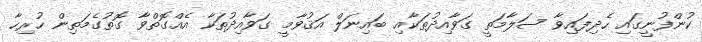
ކުންފުނީގައި ހެދިފައިވާ ސަލާމަތީ ގަވާއިދުތަކާއި ބައިނަލް އަޤުވާމީ ގަވާއިދުތަކާ އެއްގޮތްވާ ގޮތުގެމަތިން ހުރިހާ